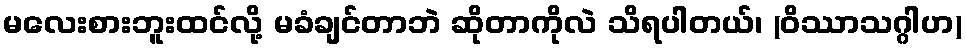
မလေးစားဘူးထင်လို့ မခံချင်တာဘဲ ဆိုတာကိုလဲ သိရပါတယ်၊ (ဝိဿာသဂ္ဂါဟ)